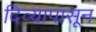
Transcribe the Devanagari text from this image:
दिव्यापासून